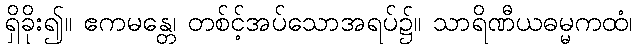
ရှိခိုး၍။ ဧကမန္တေ၊ တစ်င့်အပ်သောအရပ်၌။ သာရိဏီယဓမ္မကထံ၊